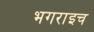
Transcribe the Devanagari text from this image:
भगराइच